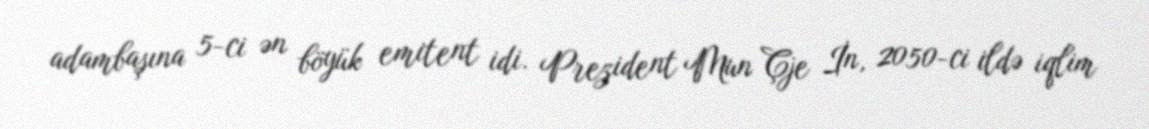
adambaşına 5-ci ən böyük emitent idi. Prezident Mun Çje İn, 2050-ci ildə iqlim